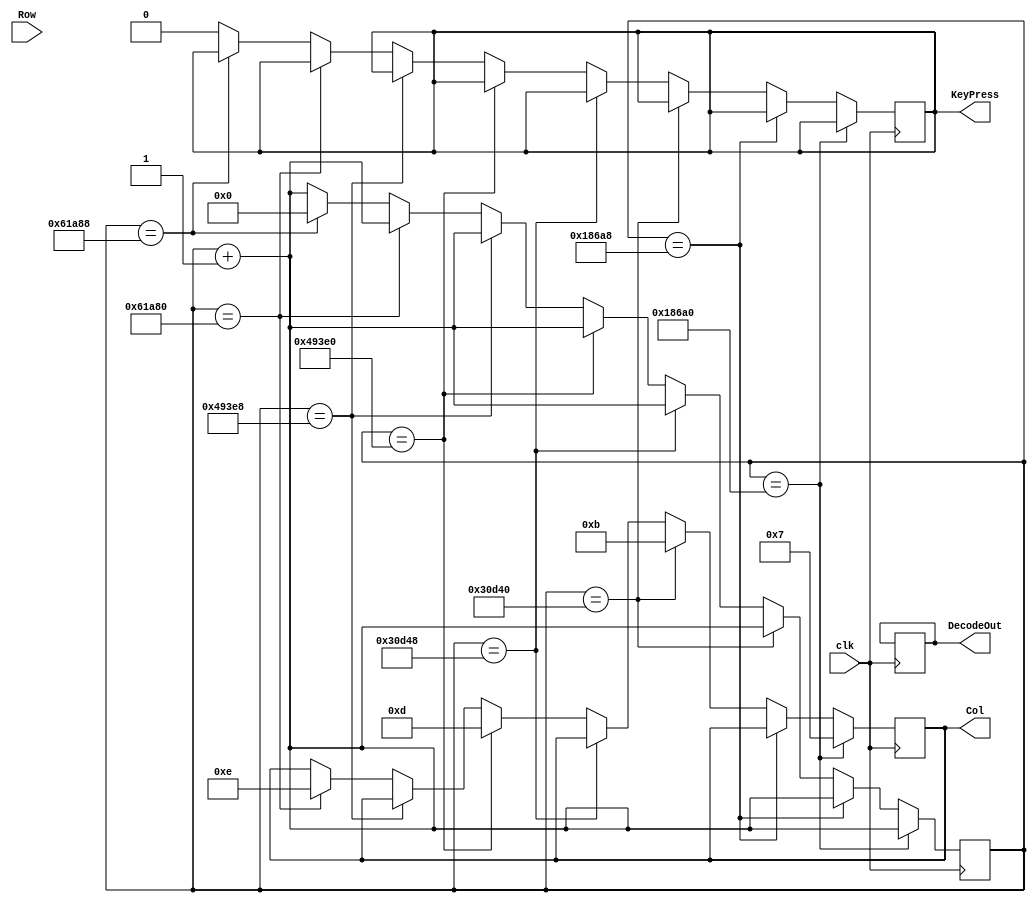
`timescale 1ns / 1ps
//////////////////////////////////////////////////////////////////////////////////////////////////////////
// Company: Digilent Inc 2011
//				 Josh Sackos
//
// Module Name:    Decoder
// Project Name:   PmodKYPD_Demo
// Target Devices: Nexys3
// Tool versions:  Xilinx ISE 14.1 
// Description: This file defines a component Decoder for the demo project PmodKYPD. The Decoder scans
//					 each column by asserting a low to the pin corresponding to the column at 1KHz. After a
//					 column is asserted low, each row pin is checked. When a row pin is detected to be low,
//					 the key that was pressed could be determined.
//
// Revision History: 
// 						Revision 0.01 - File Created (Michelle Yu)
//							Revision 0.02 - Converted from VHDL to Verilog (Josh Sackos)
//////////////////////////////////////////////////////////////////////////////////////////////////////////

// ==============================================================================================
// 												Define Module
// ==============================================================================================
module Decoder(
    clk,
    Row,
    Col,
    DecodeOut,
    KeyPress
    );

// ==============================================================================================
// 											Port Declarations
// ==============================================================================================
    input clk;						// 100MHz onboard clock
    input [3:0] Row;				// Rows on KYPD
    output [3:0] Col;			// Columns on KYPD
    output [3:0] DecodeOut;	// Output data
    output KeyPress;

// ==============================================================================================
// 							  		Parameters, Regsiters, and Wires
// ==============================================================================================
	
	// Output wires and registers
	reg [3:0] Col;
	reg [3:0] DecodeOut;
	
	// Count register
	reg [19:0] sclk;
	reg KeyPress;
	
	reg button_ff1 = 0; //button flip-flop for synchronization. Initialize it to 0
    reg button_ff2 = 0; //button flip-flop for synchronization. Initialize it to 0; //20 bits count for increment & decrement when button is pressed or released. Initialize it to 0
    reg m_Row;
    
    parameter M = 50_000_000;
    parameter tsh = 25_000_000;  // Threshold del debouncer.
    localparam N = $clog2(M);
    
    reg[N-1:0] divcounter = 0;

// ==============================================================================================
// 												Implementation
// ==============================================================================================
    always @(posedge clk) begin
    button_ff1 = Row;
    button_ff2 = button_ff1;
    m_Row = button_ff2;
    end

	always @(posedge clk) begin

			// 1ms
			if (sclk == 20'b00011000011010100000) begin
				//C1
				Col <= 4'b0111;
				sclk <= sclk + 1'b1;
			end
			
			// check row pins
			else if(sclk == 20'b00011000011010101000) begin
				//R1
				if (m_Row == 4'b0111) begin
				    divcounter <= (m_Row == 4'b0111)? (divcounter < M)? divcounter + 1: M-1: (divcounter > 0)? divcounter -1: 1; 
					DecodeOut <= (divcounter > tsh)? 4'b0001: 4'b0000;		//1  A1-> P-1
				    KeyPress <= (divcounter > tsh)? 1'b1: 1'b0;
				end
				//R2
				else if(m_Row == 4'b1011) begin
				    divcounter <= (m_Row == 4'b1011)? (divcounter < M)? divcounter + 1: M-1: (divcounter > 0)? divcounter -1: 1; 
                    DecodeOut <= (divcounter > tsh)? 4'b0100: 4'b0000;        //4  A2 -> P-1
                    KeyPress <= (divcounter > tsh)? 1'b1: 1'b0;
				end
				//R3
				else if(m_Row == 4'b1101) begin
				    divcounter <= (m_Row == 4'b1101)? (divcounter < M)? divcounter + 1: M-1: (divcounter > 0)? divcounter -1: 1; 
                    DecodeOut <= (divcounter > tsh)? 4'b0111: 4'b0000;        //7  P3 Down
                    KeyPress <= (divcounter > tsh)? 1'b1: 1'b0;
				end
				//R4
				else if(m_Row == 4'b1110) begin
				    divcounter <= (m_Row == 4'b1110)? (divcounter < M)? divcounter + 1: M-1: (divcounter > 0)? divcounter -1: 1; 
                    DecodeOut <= (divcounter > tsh)? 4'b0000: 4'b0000;        //0  P-1 Up
                    KeyPress <= (divcounter > tsh)? 1'b1: 1'b0;
				end
				sclk <= sclk + 1'b1;
			end

			// 2ms
			else if(sclk == 20'b00110000110101000000) begin
				//C2
				Col<= 4'b1011;
				sclk <= sclk + 1'b1;
			end
			
			// check row pins
			else if(sclk == 20'b00110000110101001000) begin
				//R1
				if (m_Row == 4'b0111) begin
				    divcounter <= (m_Row == 4'b0111)? (divcounter < M)? divcounter + 1: M-1: (divcounter > 0)? divcounter -1: 1; 
                    DecodeOut <= (divcounter > tsh)? 4'b0010: 4'b0000;      
                    KeyPress <= (divcounter > tsh)? 1'b1: 1'b0;
				end
				//R2
				else if(m_Row == 4'b1011) begin
				    divcounter <= (m_Row == 4'b1011)? (divcounter < M)? divcounter + 1: M-1: (divcounter > 0)? divcounter -1: 1; 
                    DecodeOut <= (divcounter > tsh)? 4'b0101: 4'b0000;        //0  P-1 Up
                    KeyPress <= (divcounter > tsh)? 1'b1: 1'b0;
				end
				//R3
				else if(m_Row == 4'b1101) begin
				    divcounter <= (m_Row == 4'b1101)? (divcounter < M)? divcounter + 1: M-1: (divcounter > 0)? divcounter -1: 1; 
                    DecodeOut <= (divcounter > tsh)? 4'b1000: 4'b0000;        //0  P-1 Up
                    KeyPress <= (divcounter > tsh)? 1'b1: 1'b0;
				end
				//R4
				else if(m_Row == 4'b1110) begin
				    divcounter <= (m_Row == 4'b1110)? (divcounter < M)? divcounter + 1: M-1: (divcounter > 0)? divcounter -1: 1; 
                    DecodeOut <= (divcounter > tsh)? 4'b1111: 4'b0000;        //0  P-1 Up
                    KeyPress <= (divcounter > tsh)? 1'b1: 1'b0;
				end
				sclk <= sclk + 1'b1;
			end

			//3ms
			else if(sclk == 20'b01001001001111100000) begin
				//C3
				Col<= 4'b1101;
				sclk <= sclk + 1'b1;
			end
			
			// check row pins
			else if(sclk == 20'b01001001001111101000) begin
				//R1
				if(m_Row == 4'b0111) begin
				    divcounter <= (m_Row == 4'b0111)? (divcounter < M)? divcounter + 1: M-1: (divcounter > 0)? divcounter -1: 1; 
                    DecodeOut <= (divcounter > tsh)? 4'b0011: 4'b0000;        //0  P-1 Up
                    KeyPress <= (divcounter > tsh)? 1'b1: 1'b0;
				end
				//R2
				else if(m_Row == 4'b1011) begin
				    divcounter <= (m_Row == 4'b1011)? (divcounter < M)? divcounter + 1: M-1: (divcounter > 0)? divcounter -1: 1; 
                    DecodeOut <= (divcounter > tsh)? 4'b0110: 4'b0000;        //0  P-1 Up
                    KeyPress <= (divcounter > tsh)? 1'b1: 1'b0;
				end
				//R3
				else if(m_Row == 4'b1101) begin
				    divcounter <= (m_Row == 4'b1101)? (divcounter < M)? divcounter + 1: M-1: (divcounter > 0)? divcounter -1: 1; 
                    DecodeOut <= (divcounter > tsh)? 4'b1001: 4'b0000;        //0  P-1 Up
                    KeyPress <= (divcounter > tsh)? 1'b1: 1'b0;
				end
				//R4
				else if(m_Row == 4'b1110) begin
				    divcounter <= (m_Row == 4'b1110)? (divcounter < M)? divcounter + 1: M-1: (divcounter > 0)? divcounter -1: 1; 
                    DecodeOut <= (divcounter > tsh)? 4'b1110: 4'b0000;        //0  P-1 Up
                    KeyPress <= (divcounter > tsh)? 1'b1: 1'b0;
				end

				sclk <= sclk + 1'b1;
			end

			//4ms
			else if(sclk == 20'b01100001101010000000) begin
				//C4
				Col<= 4'b1110;
				sclk <= sclk + 1'b1;
			end

			// Check row pins
			else if(sclk == 20'b01100001101010001000) begin
				//R1
				if(m_Row == 4'b0111) begin
				    divcounter <= (m_Row == 4'b0111)? (divcounter < M)? divcounter + 1: M-1: (divcounter > 0)? divcounter -1: 1; 
                    DecodeOut <= (divcounter > tsh)? 4'b1010: 4'b0000;        //0  P-1 Up
                    KeyPress <= (divcounter > tsh)? 1'b1: 1'b0;
				end
				//R2
				else if(m_Row == 4'b1011) begin
				    divcounter <= (m_Row == 4'b1011)? (divcounter < M)? divcounter + 1: M-1: (divcounter > 0)? divcounter -1: 1; 
                    DecodeOut <= (divcounter > tsh)? 4'b1011: 4'b0000;        //0  P-1 Up
                    KeyPress <= (divcounter > tsh)? 1'b1: 1'b0;
				end
				//R3
				else if(m_Row == 4'b1101) begin
				    divcounter <= (m_Row == 4'b1101)? (divcounter < M)? divcounter + 1: M-1: (divcounter > 0)? divcounter -1: 1; 
                    DecodeOut <= (divcounter > tsh)? 4'b1100: 4'b0000;        //0  P-1 Up
                    KeyPress <= (divcounter > tsh)? 1'b1: 1'b0;
				end
				//R4
				else if(m_Row == 4'b1110) begin
				    divcounter <= (m_Row == 4'b1110)? (divcounter < M)? divcounter + 1: M-1: (divcounter > 0)? divcounter -1: 1; 
                    DecodeOut <= (divcounter > tsh)? 4'b1101: 4'b0000;        //0  P-1 Up
                    KeyPress <= (divcounter > tsh)? 1'b1: 1'b0;
				end
				sclk <= 20'b00000000000000000000;
			end

			// Otherwise increment
			else begin
				sclk <= sclk + 1'b1;
				KeyPress <= 1'b0;
			end
			
	end

endmodule